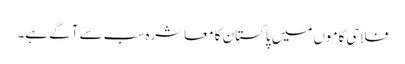
فلاحی کاموں میں پاکستان کا معاشرہ سب سے آگے ہے۔